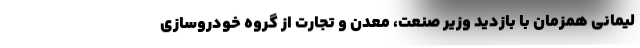
لیمانی همزمان با بازدید وزیر صنعت، معدن و تجارت از گروه خودروسازی